Source: Handwritten
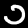
Digit: ၁ (1)